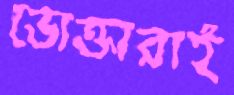
ভোক্তারাই